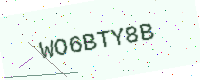
Text: WO6BTY8B